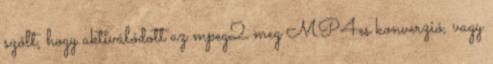
szólt, hogy aktiválódott az mpeg2 meg MP4es konverzió, vagy